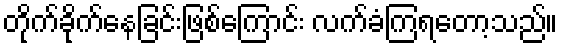
တိုက်ခိုက်နေခြင်းဖြစ်ကြောင်း လက်ခံကြရတော့သည်။